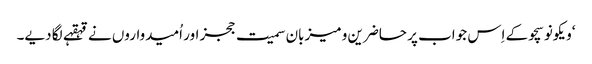
‘ویکونوسچو کے اِس جواب پر حاضرین و میزبان سمیت ججز اور اُمیدواروں نے قہقہے لگا دیے۔